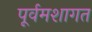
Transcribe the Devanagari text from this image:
पूर्वमशागत